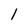
Character: l